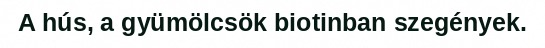
A hús, a gyümölcsök biotinban szegények.